Indian journal of veterinary science and animal husbandry - Volume 7,
Year: 1937
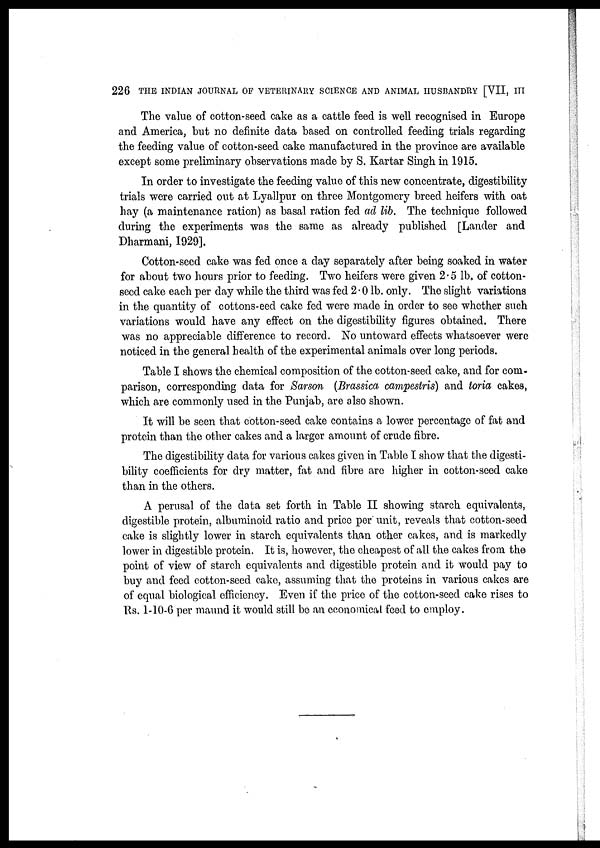
226 THE INDIAN JOURNAL OF VETERINARY SCIENCE AND ANIMAL HUSBANDRY [VII, III
The value of cotton-seed cake as a cattle feed is well recognised in Europe
and America, but no definite data based on controlled feeding trials regarding
the feeding value of cotton-seed cake manufactured in the province are available
except some preliminary observations made by S. Kartar Singh in 1915.
In order to investigate the feeding value of this new concentrate, digestibility
trials were carried out at Lyallpur on three Montgomery breed heifers with oat
hay (a maintenance ration) as basal ration fed ad lib. The technique followed
during the experiments was the same as already published [Lander and
Dharmani, 1929].
Cotton-seed cake was fed once a day separately after being soaked in water
for about two hours prior to feeding. Two heifers were given 2.5 lb. of cotton-
seed cake each per day while the third was fed 2.0 lb. only. The slight variations
in the quantity of cottons-eed cake fed were made in order to see whether such
variations would have any effect on the digestibility figures obtained. There
was no appreciable difference to record. No untoward effects whatsoever were
noticed in the general health of the experimental animals over long periods.
Table I shows the chemical composition of the cotton-seed cake, and for com-
parison, corresponding data for Sarson (Brassica campestris) and toria cakes,
which are commonly used in the Punjab, are also shown.
It will be seen that cotton-seed cake contains a lower percentage of fat and
protein than the other cakes and a larger amount of crude fibre.
The digestibility data for various cakes given in Table I show that the digesti-
bility coefficients for dry matter, fat and fibre are higher in cotton-seed cake
than in the others.
A perusal of the data set forth in Table II showing starch equivalents,
digestible protein, albuminoid ratio and price per unit, reveals that cotton-seed
cake is slightly lower in starch equivalents than other cakes, and is markedly
lower in digestible protein. It is, however, the cheapest of all the cakes from the
point of view of starch equivalents and digestible protein and it would pay to
buy and feed cotton-seed cake, assuming that the proteins in various cakes are
of equal biological efficiency. Even if the. price of the cotton-seed cake rises to
Rs. 1-10-6 per maund it would still be an economical feed to employ.